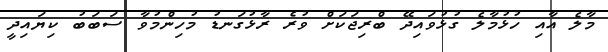
މާލެ އާއި ހުޅުމާލެ ގުޅުވައިދޭ ބްރިޖަކަށް ވުރެ ރާޅުގަނޑު މުހިންމުވާ ސަބަބު ކިޔައިދީ